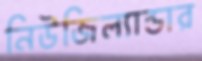
নিউজিল্যান্ডার